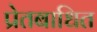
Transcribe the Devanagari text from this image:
प्रेतबाधित